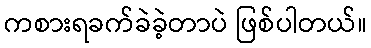
ကစားရခက်ခဲခဲ့တာပဲ ဖြစ်ပါတယ်။